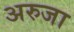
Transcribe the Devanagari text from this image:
अरुजा